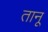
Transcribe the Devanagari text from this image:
तानू